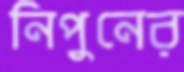
নিপুনের